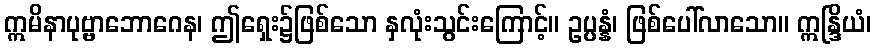
ဣမိနာပုဗ္ဗာဘောဂေန၊ ဤရှေး၌ဖြစ်သော နှလုံးသွင်းကြောင့်။ ဥပ္ပန္နံ၊ ဖြစ်ပေါ်လာသော။ ဣန္ဒြိယံ၊